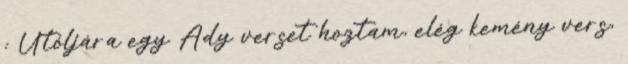
: Utóljára egy Ady verset hoztam, elég kemény vers,